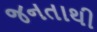
જનતાથી